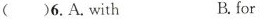
()6.A.with B.for